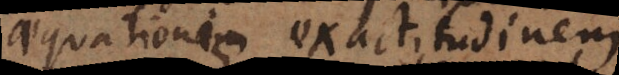
aequationis exactitudinem,